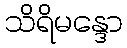
သိရိမန္ဒော